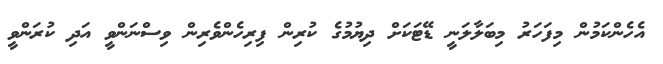
އެހެންކަމުން މިފަހަރު މިބަލާލަނީ ޑޭޓަކަށް ދިޔުމުގެ ކުރިން ފިރިހެންވެރިން ވިސްނަންވީ އަދި ކުރަންވީ